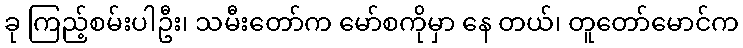
ခု ကြည့်စမ်းပါဦး၊ သမီးတော်က မော်စကိုမှာ နေ တယ်၊ တူတော်မောင်က